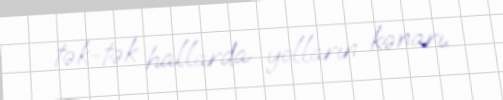
tək-tək hallarda yolların kənarı.